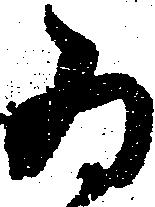
為